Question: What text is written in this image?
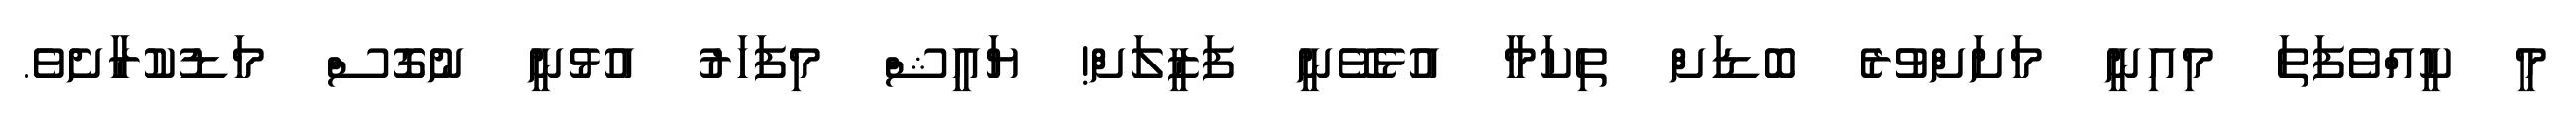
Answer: މީ ކީއްވެފަތަ މިއިނީ މަށަށްވުރެ ބޮޑަށް ތިކަމާ އުޅެވޭނީ ފަޒީލަށް! ޔައީޝް މިފަހަރު އުޅުނީ ނުގޮސް މަޑުކުރާށެވެ.